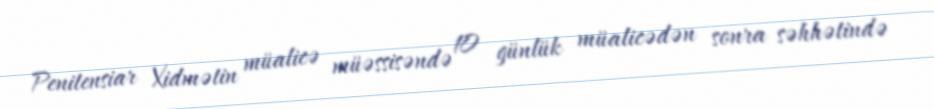
Penitensiar Xidmətin müalicə müəssisəndə 10 günlük müalicədən sonra səhhətində